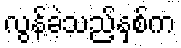
လွန်ခဲ့သည့်နှစ်က